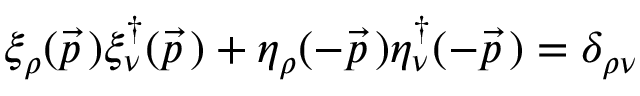
\xi _ { \rho } ( \vec { p } \, ) \xi _ { \nu } ^ { \dagger } ( \vec { p } \, ) + \eta _ { \rho } ( - \vec { p } \, ) \eta _ { \nu } ^ { \dagger } ( - \vec { p } \, ) = \delta _ { \rho \nu }